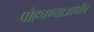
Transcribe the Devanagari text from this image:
पोहचण्याआधीच